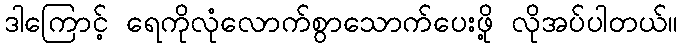
ဒါကြောင့် ရေကိုလုံလောက်စွာသောက်ပေးဖို့ လိုအပ်ပါတယ်။